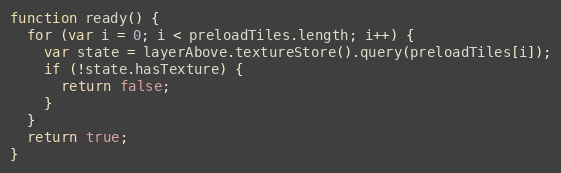
Language: JavaScript
function ready() {
  for (var i = 0; i < preloadTiles.length; i++) {
    var state = layerAbove.textureStore().query(preloadTiles[i]);
    if (!state.hasTexture) {
      return false;
    }
  }
  return true;
}